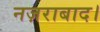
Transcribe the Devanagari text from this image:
नज़राबाद।